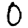
Digit: 0